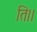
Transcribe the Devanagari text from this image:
ति।।